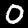
Digit: 0